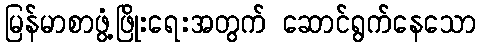
မြန်မာစာဖွံ့ဖြိုးရေးအတွက် ဆောင်ရွက်နေသော